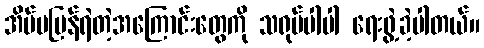
အိမ်မပြန်ရဲတဲ့အကြောင်းတွေကို သရုပ်ပါပါ ရေးဖွဲ့ခဲ့ပါတယ်။